Mental hospitals Bombay report 1929-33 - 1929-1933
Year: 1929
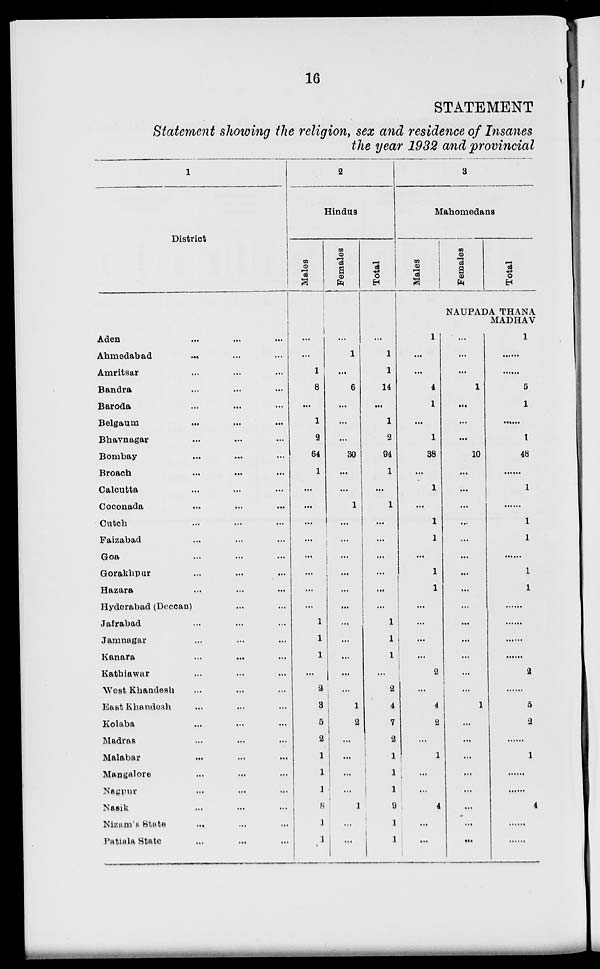
16
STATEMENT
Statement showing the religion, sex and residence of Insanes
the year 1932 and provincial
1
District
Aden
... ... ...
Ahmedabad
...
...
...
Amritsar ... ... ...
Bandra ... ... ...
Baroda ... ... ...
Belgaum
...
...
...
Bhavnagar ... ... ...
Bombay ... ... ...
Broach ... ... ...
Calcutta ... ... ...
Coconada ... ... ...
Cutch ... ... ...
Faizabad ... ... ...
Goa ... ... ...
Gorakhpur ... ... ...
Hazara ... ... ...
Hyderabad (Deccan) ... ...
Jafrabad ... ... ...
Jamnagar ... ... ...
Kanara ... ... ...
Kathiawar ... ... ...
West Khandesh ... ... ...
East Khandesh ... ... ...
Kolaba ... ... ...
Madras ... ... ...
Malabar ... ... ...
Mangalore ... ... ...
Nagpur ... ... ...
Nasik ... ... ...
Nizam's
State
... ... ...
Patiala State ... ... ...
2
Hindus
Males
...
...
1
8
...
1
2
64
1
...
...
...
...
...
...
...
...
1
1
1
...
2
3
5
2
1
1
1
8
1
1
Females
...
1
...
6
...
...
...
30
...
...
1
...
...
...
...
...
...
...
...
...
...
...
1
2
...
...
...
...
1
...
...
Total
...
1
1
14
...
1
2
94
1
...
1
...
...
...
...
...
...
1
1
1
...
2
4
7
2
1
1
1
9
1
1
3
Mahomedans
Males
Females
Total
NAUPADA THANA
MADHAV
1
...
...
4
1
...
1
38
...
1
...
1
1
...
1
1
...
...
...
...
2
...
4
2
...
1
...
...
4
...
...
...
...
...
1
...
...
...
10
...
...
...
...
...
...
...
...
...
...
...
...
...
...
1
...
...
...
...
...
...
...
...
1
......
......
5
1
......
1
48
......
1
......
1
1
......
1
1
......
......
......
......
2
......
5
2
......
1
......
......
4
......
......